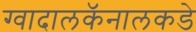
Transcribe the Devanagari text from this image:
ग्वादालकॅनालकडे